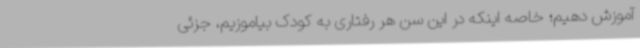
آموزش دهیم؛ خاصه اینکه در این سن هر رفتاری به کودک بیاموزیم، جزئی